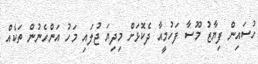
ހުސައިން ފިޔާޒު މޫސާ ފަހުމީއާ ދެކޮޅަށް މިދިޔަ ޖުލައި މަހު އަންހެނުން ތަކެއް